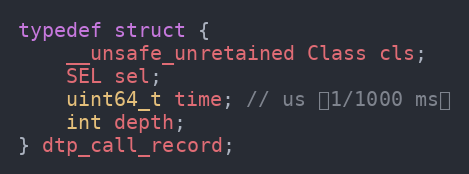
Language: C
typedef struct {
    __unsafe_unretained Class cls;
    SEL sel;
    uint64_t time; // us （1/1000 ms）
    int depth;
} dtp_call_record;